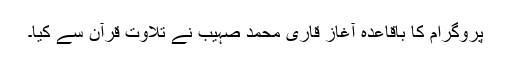
پروگرام کا باقاعدہ آغاز قاری محمد صہیب نے تلاوت قرآن سے کیا۔